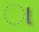
ા